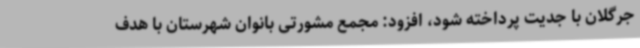
جرگلان با جدیت پرداخته شود، افزود: مجمع مشورتی بانوان شهرستان با هدف